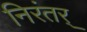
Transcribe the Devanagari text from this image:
निरंतर्